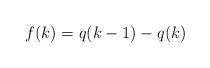
\begin{align*}f(k)=q(k-1)-q(k)\end{align*}